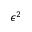
\epsilon ^ { 2 }